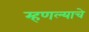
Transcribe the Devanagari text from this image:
म्हणल्याचे